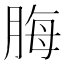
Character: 脢